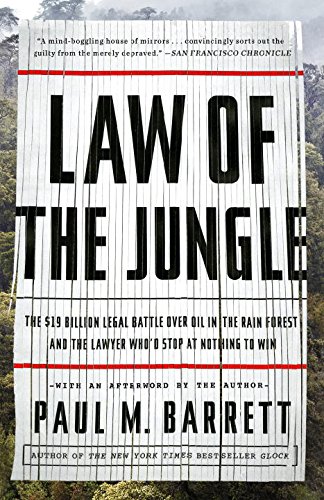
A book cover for Law of the Jungle: The $19 Billion Legal Battle Over Oil in the Rain Forest and the Lawyer Who'd Stop at Nothing to Win; Paul M. Barrett; Law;